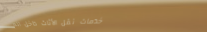
خدمات نقل الأثاث داخل الم